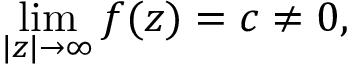
\operatorname* { l i m } _ { | z | \to \infty } f ( z ) = c \neq 0 ,